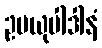
ဥပယုပါဒါနံ